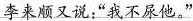
李来顺又说:“我不尿他。”